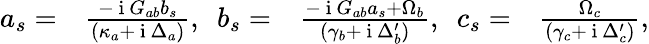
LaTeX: \begin{array}{rlrl}{a_{s}=}&{{}\frac{-\mathrm{~i~}G_{ab}b_{s}}{(\kappa_{a}+\mathrm{~i~}\Delta_{a})},\ \ b_{s}=}&{\frac{-\mathrm{~i~}G_{ab}a_{s}+\Omega_{b}}{(\gamma_{b}+\mathrm{~i~}\Delta_{b}^{\prime})},\ \ c_{s}=}&{{}\frac{\Omega_{c}}{(\gamma_{c}+\mathrm{~i~}\Delta_{c}^{\prime})},}\end{array}